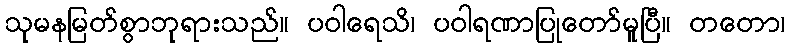
သုမနမြတ်စွာဘုရားသည်။ ပဝါရေသိ၊ ပဝါရဏာပြုတော်မူပြီ။ တတော၊